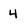
Character: 4